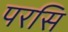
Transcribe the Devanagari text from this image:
परसि